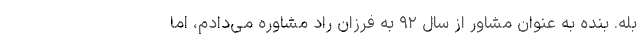
بله. بنده به عنوان مشاور از سال ۹۲ به فرزان راد مشاوره می‌دادم، اما